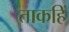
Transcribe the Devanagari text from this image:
ताकहिं